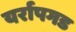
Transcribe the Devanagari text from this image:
यर्रापगड